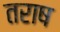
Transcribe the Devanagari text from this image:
तराष